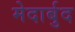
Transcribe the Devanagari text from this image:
मेदार्बुद